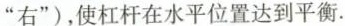
”右”)，使杠杆在水平位置达到平衡.